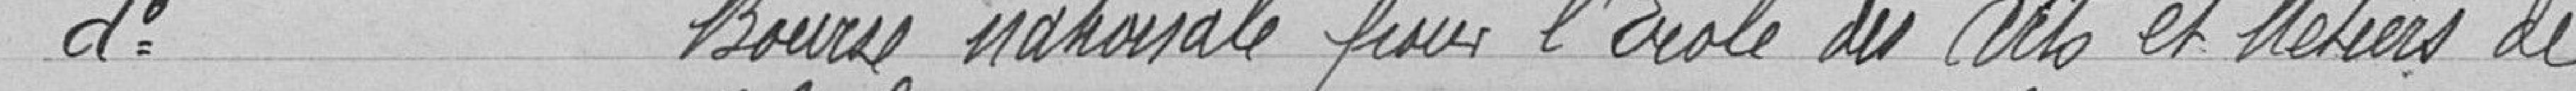
Idem - Bourse nationale pour l'École des Arts et Métiers de